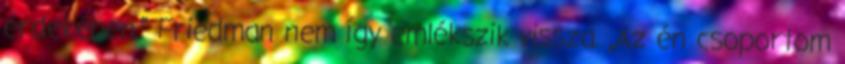
érdekében.” Friedman nem így emlékszik vissza. „Az én csoportom